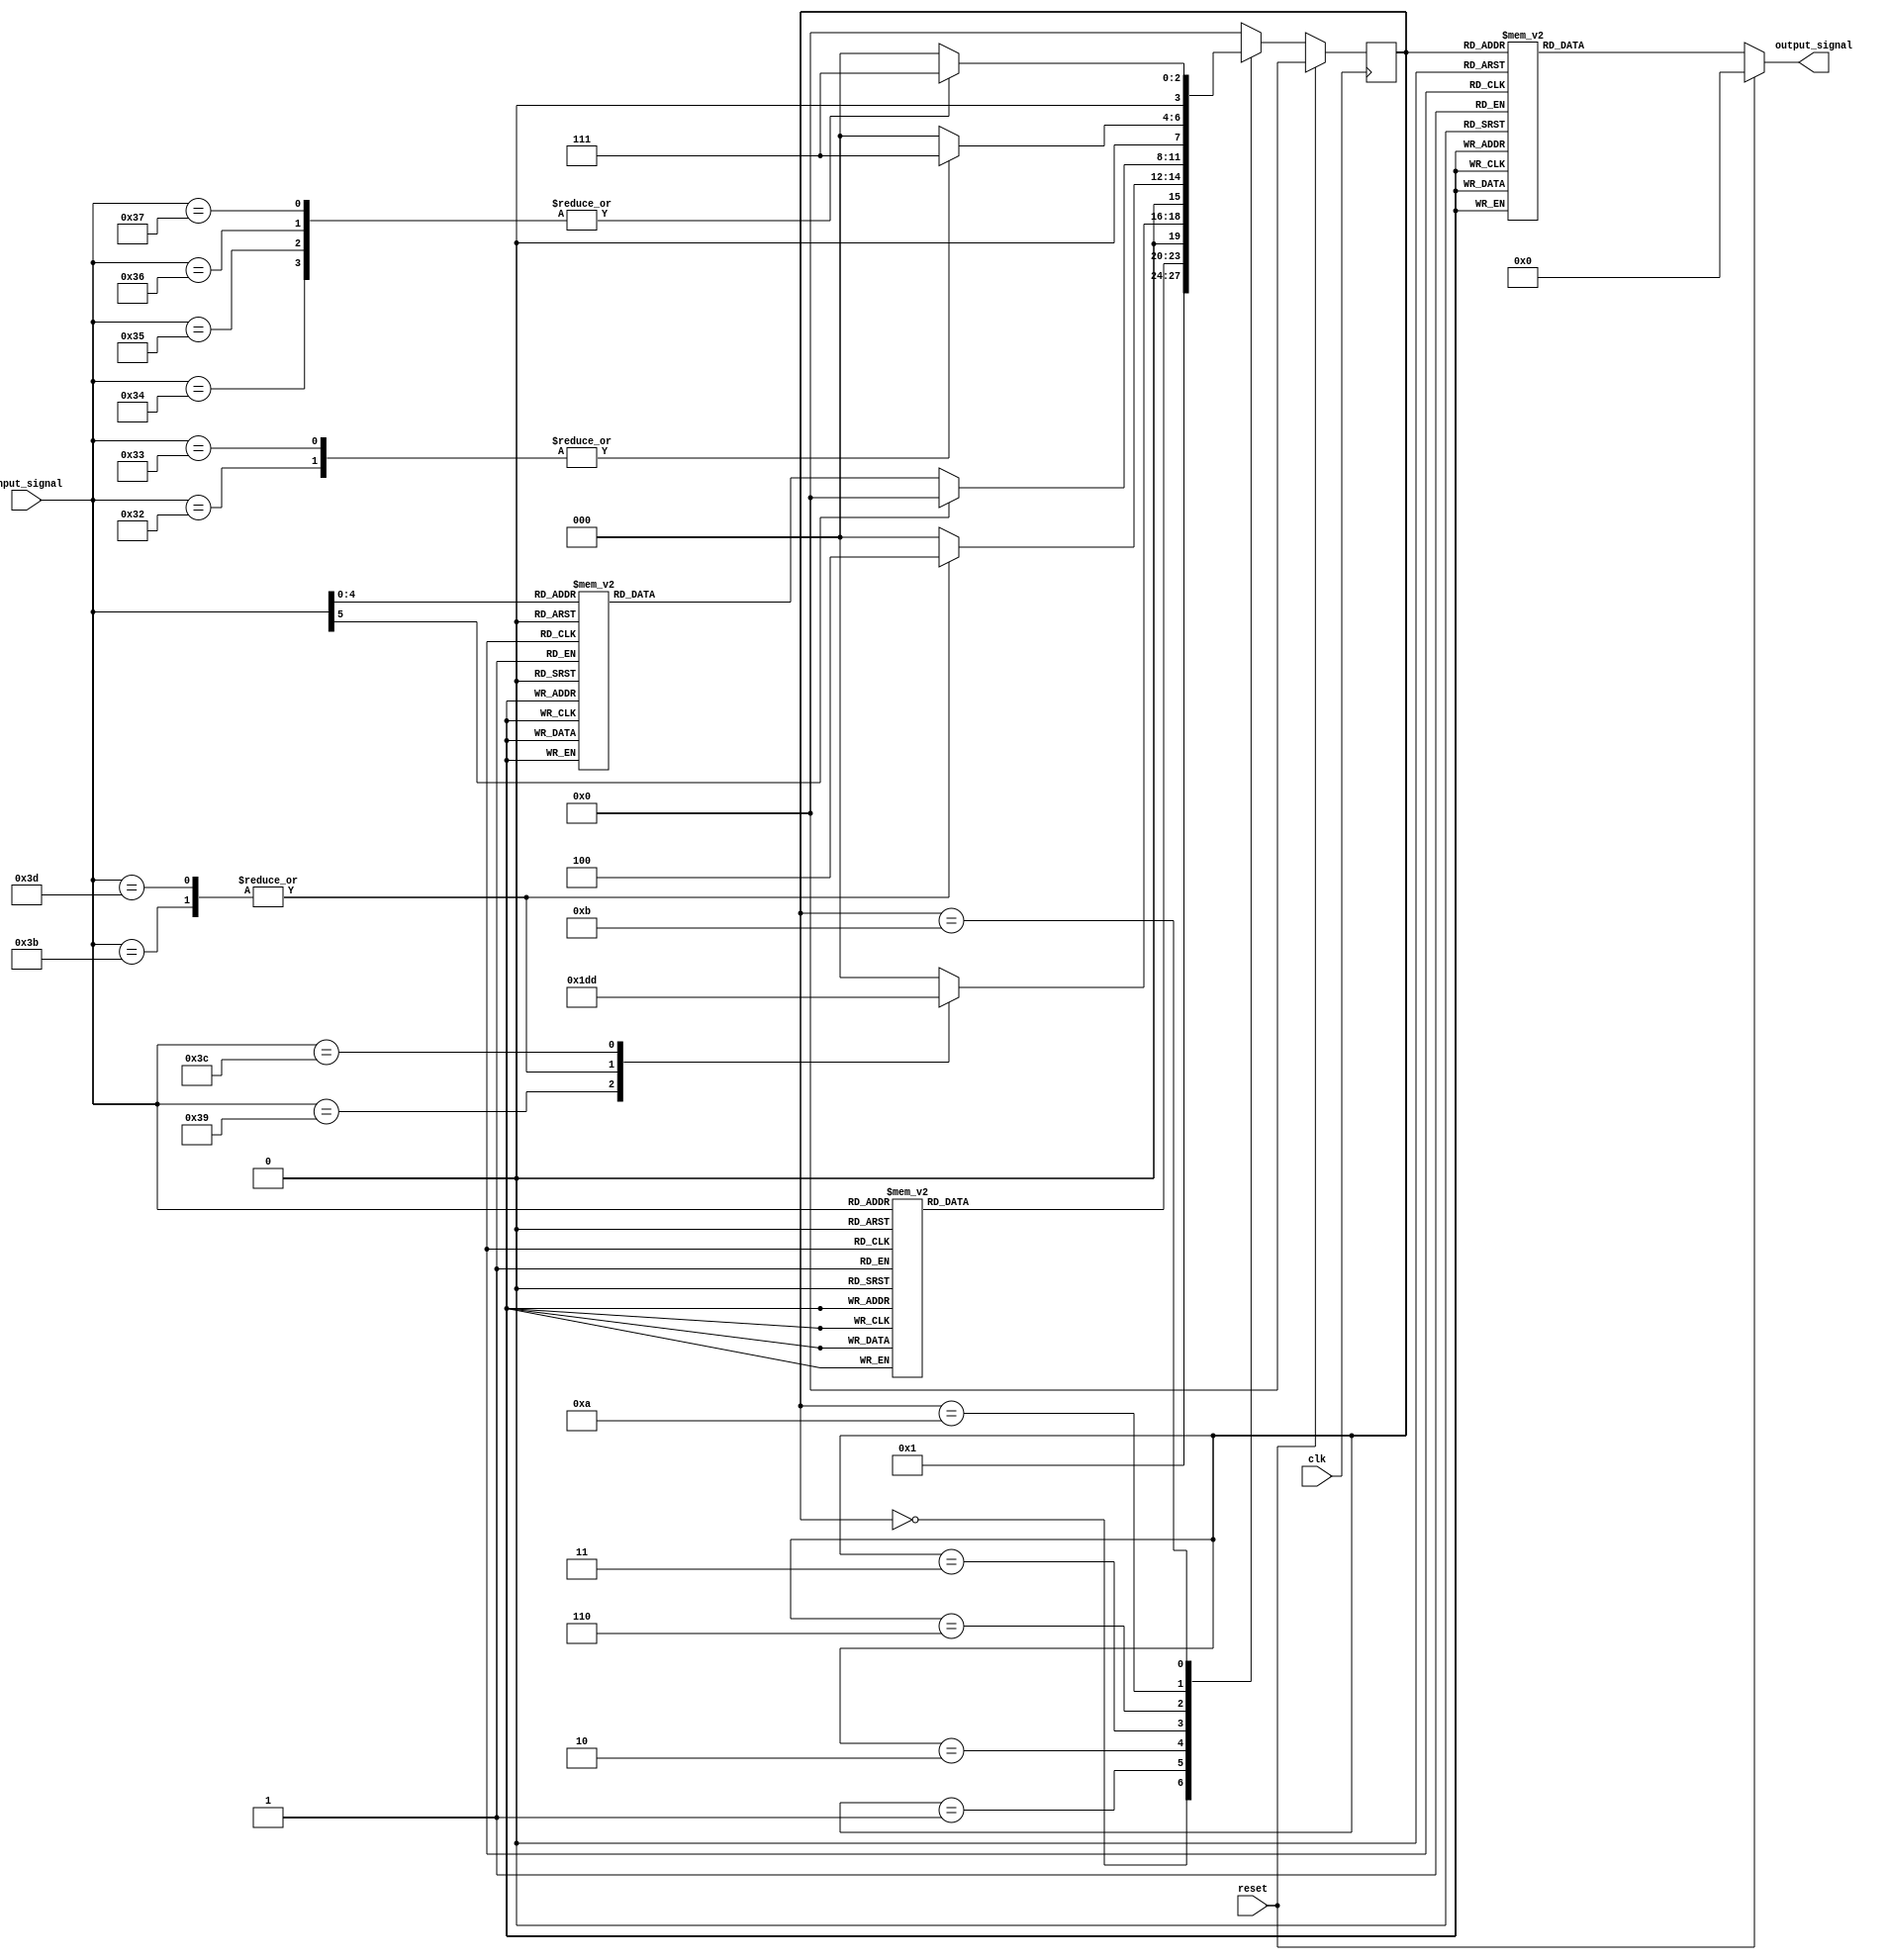
`timescale 1ns / 1ps
//////////////////////////////////////////////////////////////////////////////////
// Company: 
// Engineer: 
// 
// Design Name: 
// Module Name:    Controller 
// Project Name: 
// Target Devices: 
// Tool versions: 
// Description: 
//
// Dependencies: 
//
// Revision: 
// Revision 0.01 - File Created
// Additional Comments: 
//
//////////////////////////////////////////////////////////////////////////////////

//-----------------------------------------------------
`timescale 1ns / 1ps
// comment out next line to remove debug print outs when
// running test bench
`define DEBUG_PRINTOUTS_ENABLED;

module controller (
	input_signal , // FSM input
	output_signal, // FSM output
	reset        , // Active high, syn reset
	clk            // clk
);
//-------------Internal Constants----------------------
parameter INPUT_SIZE =  6;
parameter OUTPUT_SIZE = 17;
parameter STATE_SIZE =  4;
//--- Parameters to describe States ---
parameter S_IRFETCH=    	4'b0000; //0
parameter S_IRDECODE=      4'b0001; //1
parameter S_MEMCOMP=       4'b0010; //2
parameter S_MEMACCESS3=    4'b0011; //3
parameter S_WRITEBACK=     4'b0100; //4
parameter S_MEMACCESS5=   	4'b0101; //5
parameter S_EXECUTION=   	4'b0110; //6
parameter S_RTYPECOMP=   	4'b0111; //7
parameter S_BRANCHCOMP=   	4'b1000; //8
parameter S_JUMPCOMP=   	4'b1001; //9
parameter S_IEXECUTIONSE=   	4'b1010; //10
parameter S_IEXECUTIONZE=   	4'b1011; //11
//--- Parameters to describe Input bit patterns ---

parameter I_NOOP = 	6'b000000; //NOOP	
parameter I_MOV = 	6'b010000; //R1 = R2 MOV
parameter I_NOT = 	6'b010001; //R1 = ~R2 NOT
parameter I_ADD = 	6'b010010; //R1 = R2 + R3 ADD
parameter I_SUB = 	6'b010011; //R1 = R2 - R3 SUB
parameter I_OR = 		6'b010100; //R1 = R2 | R3 OR	 
parameter I_AND = 	6'b010101; //R1 = R2 & R3 AND
parameter I_XOR = 	6'b010110; //R1 = R2 ^ R3 XOR
parameter I_SLT = 	6'b010111; //R1	= 1 if R2 < R3, else 0 SLT
parameter I_J = 		6'b000001; //PC <- PC[31:26] || Limm J
parameter I_BNE = 	6'b100001; //IF (R1 != R2) THEN PC <- PC + SE(Imm) BNE ELSE PC <- PC + 1
parameter I_BLT = 	6'b100010; //IF (R1 < R2) THEN PC <- PC + SE(Imm) BlT ELSE PC <- PC + 1
parameter I_BLE = 	6'b100011; //IF (R1 <= R2) THEN PC <- PC + SE(Imm) BlE ELSE PC <- PC + 1
parameter I_ADDI = 	6'b110010; //R1 = R2 + SE(Imm) ADDI
parameter I_SUBI = 	6'b110011; //R1 = R2 - SE(Imm) SUBI
parameter I_ORI = 	6'b110100; //R1 = R2 | ZE(Imm) ORI
parameter I_ANDI = 	6'b110101; //R1 = R2 & ZE(Imm) ANDI
parameter I_XORI = 	6'b110110; //R1	= R2 ^ ZE(Imm) XORI
parameter I_SLTI = 	6'b110111; //R1 = 1 if R2 < SE(Imm), else 0 SLTI
parameter I_LI = 		6'b111001; //R1[15:0] <- ZE(Imm) LI
parameter I_LWI = 	6'b111011; //R1 <- M[ZE(Imm)] LWI
parameter I_LW = 		6'b111101; //R1 <- M[R2] + SE(IMM) LW
parameter I_SWI = 	6'b111100; //M[ZE(IMM)] <- R1 SWI

//--- Parameters to describe Output bit patterns ---

//ZeroOrSign   1'b
//PCWriteCond	1'b
//PCWrite		1'b
//IorD			1'b
//MemRead		1'b
//MemWrite		1'b
//MemtoReg		1'b
//IRWrite		1'b
//PCSource		2'b
//ALUOp			2'b
//ALUSrcB		2'b
//ALUSrcA		1'b	
//RegWrite		1'b
//RegDst			1'b

parameter O_IRFETCH=    	16'b0_1_0_1_0_0_1_00_00_01_0_0_0; // 0
parameter O_IRDECODE=      16'b0_0_0_0_0_0_0_00_00_10_0_0_0; // 1
parameter O_MEMCOMP=       16'b0_0_0_0_0_0_0_00_11_10_1_0_0; // 2
parameter O_MEMACCESS3=    16'b0_0_1_1_0_0_0_00_00_00_0_0_0; // 3
parameter O_WRITEBACK=     16'b0_0_0_0_0_1_0_00_01_00_0_1_0; // 4
parameter O_MEMACCESS5=   	16'b0_0_1_0_1_0_0_00_01_10_1_0_0; // 5
parameter O_EXECUTION=   	16'b0_0_0_0_0_0_0_00_01_00_1_0_0; // 6
parameter O_RTYPECOMP=   	16'b0_0_0_0_0_0_0_00_00_00_0_1_0; // 7
parameter O_BRANCHCOMP=   	16'b1_0_0_0_0_0_0_01_10_11_1_0_0; // 8
parameter O_JUMPCOMP=   	16'b0_1_0_0_0_0_0_10_00_00_0_0_0; // 9

parameter O_IEXECUTIONSE=  17'b0_0_0_0_0_0_0_0_00_01_10_1_0_0; // 10
parameter O_IEXECUTIONZE=  17'b1_0_0_0_0_0_0_0_00_01_10_1_0_0; 
  	
//-------------Input Ports-----------------------------
input   [INPUT_SIZE-1:0] input_signal;
input   clk,reset;
//-------------Output Ports----------------------------
output  [OUTPUT_SIZE-1:0] output_signal;
//-------------Input ports Data Type-------------------
wire    [INPUT_SIZE-1:0] input_signal;
wire    clk,reset;
//-------------Output Ports Data Type------------------
reg     [OUTPUT_SIZE-1:0] output_signal;
//-------------Internal Variables----------------------
reg     [STATE_SIZE-1:0] state = 0;      // Seq part of the FSM
wire    [STATE_SIZE-1:0] next_state; // Combo part of FSM

//----------Code starts Here---------------------------

// ================= Next state Logic =================
// Example of using a Verilog Function for Combinational 
// Logic to determine next state
assign next_state = nextstate_func(state, input_signal);
function [STATE_SIZE-1:0] nextstate_func; 
input [STATE_SIZE-1:0]  S; // current state
input [INPUT_SIZE-1:0]  I; // FSM input
begin

// Next state logic
case(S)
	S_IRFETCH: 
		case(I)
			//I_NOOP: 		nextstate_func= S_IRFETCH;
			default: 	nextstate_func= S_IRDECODE;
		endcase
	S_IRDECODE:
		case(I)
			I_NOOP:    	nextstate_func= S_IRFETCH;
			I_MOV:    	nextstate_func= S_EXECUTION; 
			I_NOT:    	nextstate_func= S_EXECUTION;
			I_ADD:    	nextstate_func= S_EXECUTION;
			I_SUB:    	nextstate_func= S_EXECUTION;
			I_OR:    	nextstate_func= S_EXECUTION;
			I_AND:    	nextstate_func= S_EXECUTION;
			I_XOR:    	nextstate_func= S_EXECUTION;
			I_SLT:    	nextstate_func= S_EXECUTION;
			I_J:    		nextstate_func= S_JUMPCOMP;
			I_BNE:    	nextstate_func= S_BRANCHCOMP;
			I_BLT:    	nextstate_func= S_BRANCHCOMP;
			I_BLE:    	nextstate_func= S_BRANCHCOMP;
			I_ADDI:    	nextstate_func= S_IEXECUTIONSE;
			I_SUBI:    	nextstate_func= S_IEXECUTIONSE;
			I_ORI:    	nextstate_func= S_IEXECUTIONZE;
			I_ANDI:    	nextstate_func= S_IEXECUTIONZE;
			I_XORI:    	nextstate_func= S_IEXECUTIONZE;
			I_SLTI:    	nextstate_func= S_IEXECUTIONZE;
			I_LI:    	nextstate_func= S_MEMCOMP;
			I_LWI:   	nextstate_func= S_MEMCOMP;
			I_LW:   		nextstate_func= S_MEMCOMP;
			I_SWI:    	nextstate_func= S_MEMCOMP;
			default:		nextstate_func= S_IRFETCH;
		endcase
	S_MEMCOMP:
		case(I)
			I_LI:    	nextstate_func= S_RTYPECOMP;
			I_LWI:   	nextstate_func= S_MEMACCESS3;
			I_LW:   		nextstate_func= S_MEMACCESS3;
			I_SWI:    	nextstate_func= S_MEMACCESS5;
			default:    nextstate_func= S_IRFETCH;
		endcase
	S_MEMACCESS3: 
		case(I)
			I_LWI:   	nextstate_func= S_WRITEBACK;
			I_LW:   		nextstate_func= S_WRITEBACK;
			default:    nextstate_func= S_IRFETCH;
		endcase
	S_WRITEBACK: 		nextstate_func= S_IRFETCH;
	S_MEMACCESS5: 		nextstate_func= S_IRFETCH;
	S_EXECUTION:
		case(I)
			I_MOV:    	nextstate_func= S_RTYPECOMP; 
			I_NOT:    	nextstate_func= S_RTYPECOMP;
			I_ADD:    	nextstate_func= S_RTYPECOMP;
			I_SUB:    	nextstate_func= S_RTYPECOMP;
			I_OR:    	nextstate_func= S_RTYPECOMP;
			I_AND:    	nextstate_func= S_RTYPECOMP;
			I_XOR:    	nextstate_func= S_RTYPECOMP;
			I_SLT:    	nextstate_func= S_RTYPECOMP;
			default:    nextstate_func= S_IRFETCH;
		endcase
	S_RTYPECOMP: 		nextstate_func= S_IRFETCH;
	S_BRANCHCOMP: 		nextstate_func= S_IRFETCH;
	S_JUMPCOMP: 		nextstate_func= S_IRFETCH;
	S_IEXECUTIONSE:
		case(I)
			I_ADDI:    	nextstate_func= S_RTYPECOMP;
			I_SUBI:    	nextstate_func= S_RTYPECOMP;
			default: 	nextstate_func= S_IRFETCH;
		endcase
	S_IEXECUTIONZE:
		case(I)
			I_ORI:    	nextstate_func= S_RTYPECOMP;
			I_ANDI:    	nextstate_func= S_RTYPECOMP;
			I_XORI:    	nextstate_func= S_RTYPECOMP;
			I_SLTI:    	nextstate_func= S_RTYPECOMP;
			default: 	nextstate_func= S_IRFETCH;
		endcase
	default : 			nextstate_func= S_IRFETCH;
endcase
end
endfunction // End Of nextstate_func

// ================= Output Combinatorial Logic =================
// This combinatorial logic determines the output of the FSM
// based on the current state only (Moore machine).  If it
// depended upon input_signal as well we would have a Mealy 
// machine.
always @ (state or reset)
	begin : OUTPUT_LOGIC
	if (reset == 1'b1) begin
		output_signal= 16'd0;
	end
	else begin
		case(state)
			S_IRFETCH:	    	output_signal=  O_IRFETCH;
			S_IRDECODE:      	output_signal=  O_IRDECODE;
			S_MEMCOMP:      	output_signal=  O_MEMCOMP;
			S_MEMACCESS3:    	output_signal=  O_MEMACCESS3;
			S_WRITEBACK:      output_signal=  O_WRITEBACK;
			S_MEMACCESS5:     output_signal=  O_MEMACCESS5;
			S_EXECUTION:      output_signal=  O_EXECUTION;
			S_RTYPECOMP:      output_signal=  O_RTYPECOMP;
			S_BRANCHCOMP:     output_signal=  O_BRANCHCOMP;
			S_JUMPCOMP:       output_signal=  O_JUMPCOMP;
			S_IEXECUTIONSE:   output_signal=  O_IEXECUTIONSE;
			S_IEXECUTIONZE:   output_signal=  O_IEXECUTIONZE;
			default:       	output_signal=  O_IRFETCH;
			endcase
	end
end // End Of Block OUTPUT_LOGIC

// ================= Sequential Logic =================
always @ (posedge clk)
begin : FSM_SEQ

	// <= represents a non-blocking assignment:
	// - The right hand side is evaluated immediately.
	// - The actual assignment to the LHS is delayed until all 
	//   other evaluations are completed in the current clock cycle.
	//   Then all assignments to the LHS are performed simultaneously.
   if (reset == 1'b1) begin
     state <=  S_IRFETCH;
   end else begin
     state <=  next_state;
   end

`ifdef DEBUG_PRINTOUTS_ENABLED
	// Debug printouts to display current state when running 
	// the testbench
	case(next_state)
		S_IRFETCH     	: $display("Current state: S_IRFETCH");
		S_IRDECODE    	: $display("Current state: S_IRDECODE");
		S_MEMCOMP      : $display("Current state: S_MEMCOMP");
		S_MEMACCESS3   : $display("Current state: S_MEMACCESS3");
		S_WRITEBACK    : $display("Current state: S_WRITEBACK");
		S_MEMACCESS5   : $display("Current state: S_MEMACCESS5");
		S_EXECUTION  	: $display("Current state: S_EXECUTION");
		S_RTYPECOMP   	: $display("Current state: S_RTYPECOMP");
		S_BRANCHCOMP   : $display("Current state: S_BRANCHCOMP");
		S_JUMPCOMP    	: $display("Current state: S_JUMPCOMP");
		S_IEXECUTIONSE  	: $display("Current state: S_IEXECUTIONSE");
		S_IEXECUTIONZE  	: $display("Current state: S_IEXECUTIONZE");
		default       	: $display("Current State: Invalid State");
	endcase
`endif	

end // End Of Block FSM_SEQ

 
endmodule // End of Module arbiter